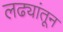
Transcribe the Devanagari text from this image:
लढ्यांतून